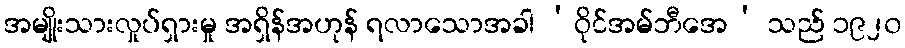
အမျိုးသားလှုပ်ရှားမှု အရှိန်အဟုန် ရလာသောအခါ ‘ဝိုင်အမ်ဘီအေ’ သည် ၁၉၂၀